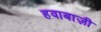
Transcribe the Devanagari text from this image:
हवाबाज़ी